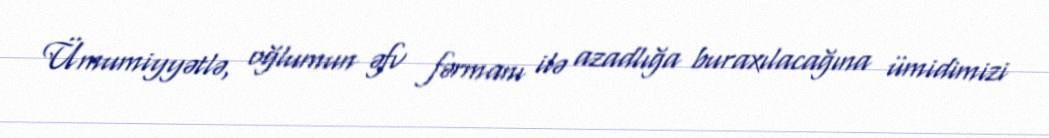
Ümumiyyətlə, oğlumun əfv fərmanı ilə azadlığa buraxılacağına ümidimizi